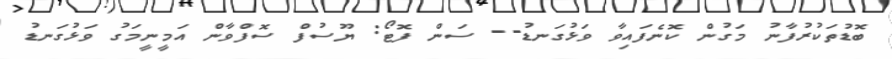
ބޮޑުތަކުރުފާނު މަގުން ކޮނެފައިވާ ވަޅުގަނޑު-- ސަން ފޮޓޯ: ޔޫސުފް ސޮފްވާން އަމީނީމަގު ވަޅުގަނޑު